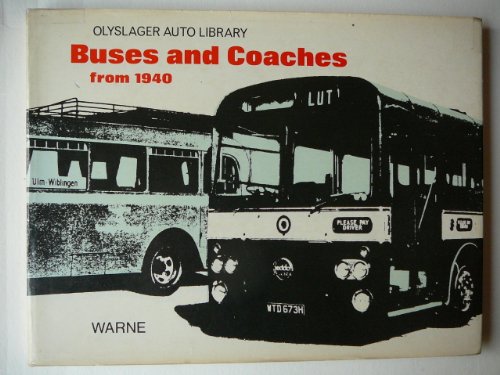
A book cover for Buses and Coaches from 1940 (Olyslager Auto Library); Children's Books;